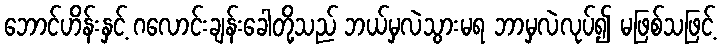
ဘောင်ဟိန်းနှင့် ဂလောင်းချန်းခေါတို့သည် ဘယ်မှလဲသွားမရ ဘာမှလဲလုပ်၍ မဖြစ်သဖြင့်